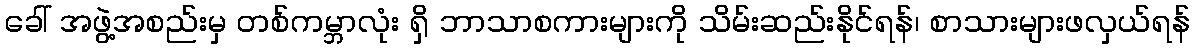
ခေါ် အဖွဲ့အစည်းမှ တစ်ကမ္ဘာလုံး ရှိ ဘာသာစကားများကို သိမ်းဆည်းနိုင်ရန်၊ စာသားများဖလှယ်ရန်